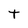
Character: t